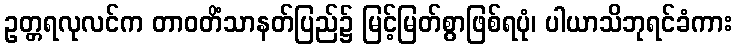
ဥတ္တရလုလင်က တာဝတိံသာနတ်ပြည်၌ မြင့်မြတ်စွာဖြစ်ရပုံ၊ ပါယာသိဘုရင်ခံကား